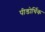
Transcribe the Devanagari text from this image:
पीडोर्थिक